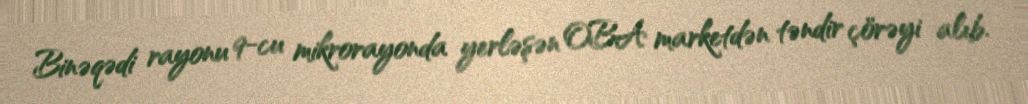
Binəqədi rayonu 9-cu mikrorayonda yerləşən OBA marketdən təndir çörəyi alıb.